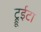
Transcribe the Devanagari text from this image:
ट्रूईटा